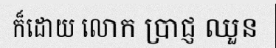
ក៏ដោយ លោក ប្រាជ្ញ ឈួន